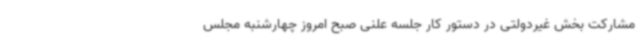
مشارکت بخش غیردولتی در دستور کار جلسه علنی صبح امروز چهارشنبه مجلس